Vital statistics of India. Vol. V, Reports of 1876 on armies & jails and on epidemic cholera
Year: 1876
Disease focus: Cholera
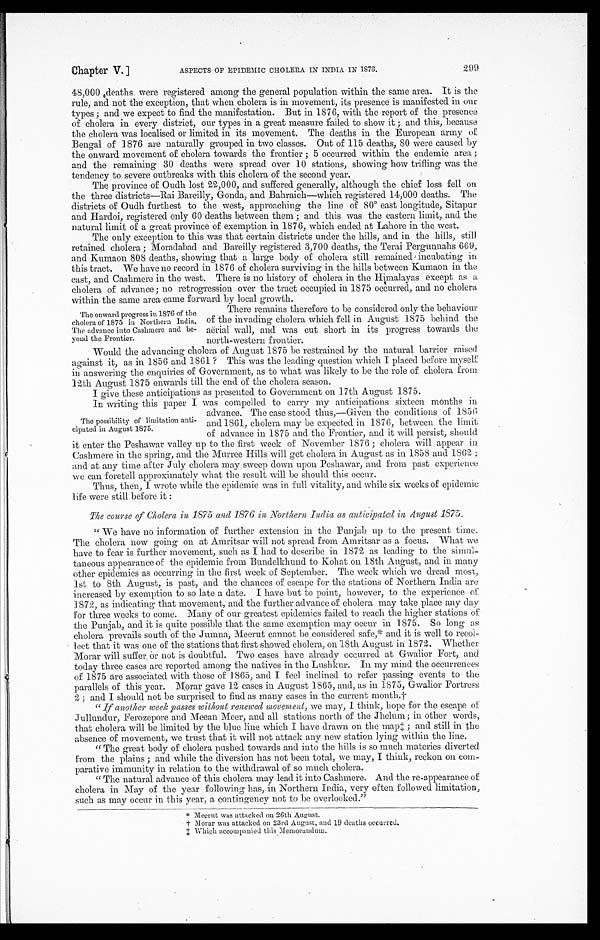
Chapter V.]
ASPECTS OF EPIDEMIC CHOLERA IN INDIA IN 1876.
299
48,000 deaths were registered among the general population within the same area. It is the
rule, and not the exception, that when cholera is in movement, its presence is manifested in our
types; and we expect to find the manifestation. But in 1876, with the report of the presence
of cholera in every district, our types in a great measure failed to show it; and this, because
the cholera was localised or limited in its movement. The deaths in the European army of
Bengal of 1876 are naturally grouped in two classes. Out of 115 deaths, 80 were caused by
the onward movement of cholera towards the frontier; 5 occurred within the endemic area;
and the remaining 30 deaths were spread over 10 stations, showing how trifling was the
tendency to severe outbreaks with this cholera of the second year.
The province of Oudh lost 22,000, and suffered generally, although the chief loss fell o
n t h r e e d i s t r i c t s — R a i B a r e i l l y , G o n d a , a n d B a h r a i c h — w h i c h r e g i s t e r e d 1 4 , 0 0 0 d e a t h s . T h e
districts of Oudh furthest to the west, approaching the line of 80° east longitude, Sitapur
and Hardoi, registered only 60 deaths between them; and this was the eastern limit, and the
natural limit of a great province of exemption in 1876, which ended at Lahore in the west.
The only exception to this was that certain districts under the hills, and in the hills, still
retained cholera; Moradabad and Bareilly registered 3,700 deaths, the Terai Pergunnahs 669,
and Kumaon 808 deaths, showing that a large body of cholera still remained incubating in.
this tract. We have no record in 1876 of cholera surviving in the hills between Kumaon in the
east, and Cashmere in the west. There is no history of cholera in the Himalayas except as a
cholera of advance; no retrogression over the tract occupied in 1875 occurred, and no cholera
within the same area came forward by local growth.
The onward progress in 1876 of the
cholera of 1875 in Northern India
. The advance into Cashmere and be
-yond the Frontier.
There remains therefore to be considered only the behaviour
of the invading cholera which fell in August 1875 behind the
aerial wall, and was cut short in its progress towards the
north-western frontier.
Would the advancing cholera of August 1875 be restrained by the natural barrier raised
against it, as in 1856 and 1861 ? This was the leading question which I placed before myself
in answering the enquiries of Government, as to what was likely to be the role of cholera from
12th August 1875 onwards till the end of the cholera season.
I give these anticipations as presented to Government on 17th August 1875.
In writing this paper I was compelled to carry my anticipations sixteen months in
advance. The case stood thus,—Given the conditions of 1856
and 1861, cholera may be expected in 1876, between the limit
of advance in 1875 and the Frontier, and it will persist, should
it enter the Peshawar valley up to the first week of November 1876; cholera will appear in
Cashmere in the spring, and the Murree Hills will get cholera in August as in 1858 and 1862;
and at any time after July cholera may sweep down upon Peshawar, and from past experience
we can foretell approximately what the result will be should this occur.
Thus, then, I wrote while the epidemic was in full vitality, and while six weeks of epidemic
life were still before it:
The course of Cholera in 1875 and 1876 in Northern India as anticipated in August 1675.
" We have no information of further extension in the Punjab up to the present time.
The cholera now going on at Amritsar will not spread from Amritsar as a focus. What we
have to fear is further movement, such as I had to describe in 1872 as leading to the simul--
taneous appearance of the epidemic from Bundelkhund to Kohat on 18th August, and in many
other epidemics as occurring in the first week of September. The week which we dread most,
1st to 8th August, is past, and the chances of escape for the stations of Northern India are
increased by exemption to so late a date. I have but to point, however, to the experience of
1872, as indicating that movement, and the further advance of cholera may take place any day
for three weeks to come. Many of our greatest epidemics failed to reach the higher stations of
the Punjab, and it is quite possible that the same exemption may occur in 1875. So long as
cholera prevails south of the Jumna, Meerut cannot be considered safe, * and it is well to recol
- l e c t t h a t i t w a s , o n e o f t h e s t a t i o n s t h a t f i r s t s h o w e d c h o l e r a . , o n 1 8 t h A u g u s t i n 1 8 7 2 . W h e t h e r
Morar will suffer or not is doubtful. Two cases have already occurred at Gwalior Fort, and
today three cases are reported among the natives in the Lushikur. In my mind the occurrences
of 1875 are associated with those of 1865, and I feel inclined to refer passing events to the
parallels of this year. Moran gave 12 cases in August 1865, and, as in 1875, Gwalior Fortress
2; and I should not be surprised to find as many cases in the current month.†
" If another week passes without renewed movement, we may, I think, hope for the escape of
Jullundur, Ferozepore and Meean Meer, and all stations north of the Jhelum; in other words,
that cholera will be limited by the blue line which I have drawn on the map‡ ; and still in the
absence of movement, we trust that it will not attack any new station lying within the line.
"The great body of cholera pushed towards and into the hills is so much materies diverted
from the plains; and while the diversion has not been total, we may, I think, reckon on com
- p a r a t i v e i m m u n i t y i n r e l a t i o n t o t h e w i t h d r a w a l o f s o m u c h c h o l e r a .
"The natural advance of this cholera may lead it into Cashmere. And the re-appearance of
cholera in May of the year following has, in Northern India, very often followed limitation,
such as may occur in this year, a contingency not to be overlooked."
* M e e r u t w a s a t t a c k e d o n 2 6 t h A u g u s t .
† M o r a r w a s a t t a c k e d o n 2 3 r d A u g u s t , a n d 1 9 d e a t h s o c c u r r e d .
‡ W h i c h a c c o m p a n i e d t h i s M e m o r a n d u m .
The possibility of limitation anti
-cipated in August 1875.